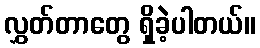
လွှတ်တာတွေ ရှိခဲ့ပါတယ်။